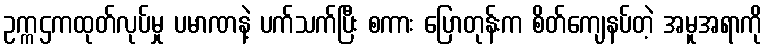
ဥက္ကဌကထုတ်လုပ်မှု ပမာဏနဲ့ ပက်သက်ပြီး စကား ပြောတုန်းက စိတ်ကျေနပ်တဲ့ အမူအရာကို